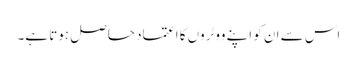
اس سے ان کو اپنے ووٹروں کا اعتماد حاصل ہوتا ہے۔